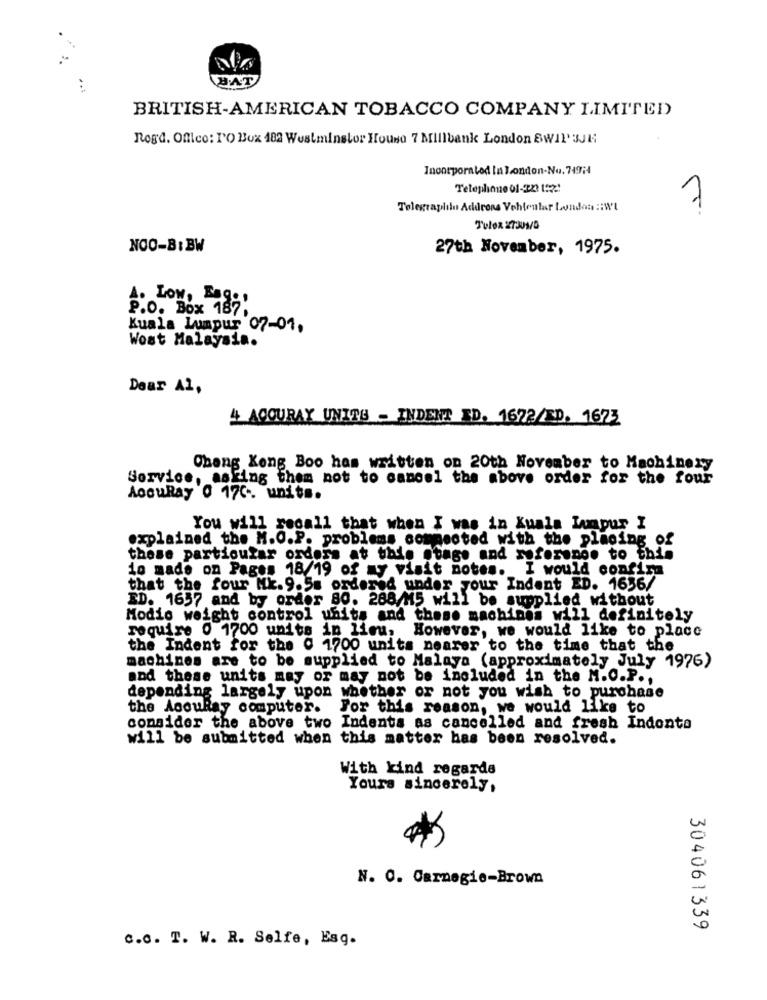
BAT
BRITISH-AMERICAN TOBACCO COMPANY LIMITED
Rogd. Office: PO Box 182 Westminster House 7 Millbank London SWIP'SJN
Incorporated la london-No. 747;4
Telephone 01-223 1:2!
Telegraphilo Addrons Vehtentar London :: WI
1
Tulox 27309/0
NOO-8:BW
27th November, 1975.
A. LOW, Bag .,
P.O. Box 187
Kuala Lumpur 07-01.
Wost Malaysia.
Dear Al,
4 AGOURAY UNITS - INDENT ID. 1672/ED. 1673
Ohang Kong Boo has written on 20th November to Machinery
Service, asking them not to cancel the above order for the four
AccuRay 0 17C -. units.
You will recall that when I was in Kuala Lumpur I
explained the M.O.P. problems connected with the placing of
these particular orders at this stage and reference to this
10 made on Pages 18/19 of my visit notes. I would confira
that the four Mk. 9.5m ordered under your Indent ED. 1636/
BD. 1657 and by order 80. 288/M5 will be supplied without
Modio weight control units and these machines will definitely
require 0 1700 units in lieu, However, we would like to place
the Indent for the @ 1700 units nearer to the time that the
machines are to be supplied to Malaya (approximately July 1976)
and these units may or may not be included in the M.O.P .,
depending largely upon whether or not you wish to purchase
the AccuRay computer.
For this reason, we would like to
consider the above two Indenta as cancelled and fresh Indonto
will be submitted when this matter has been resolved.
With kind regards
Yours sincerely,
N. C. Carnegie-Brown
304061339
c.c. T. W. R. Selfe, Esq.